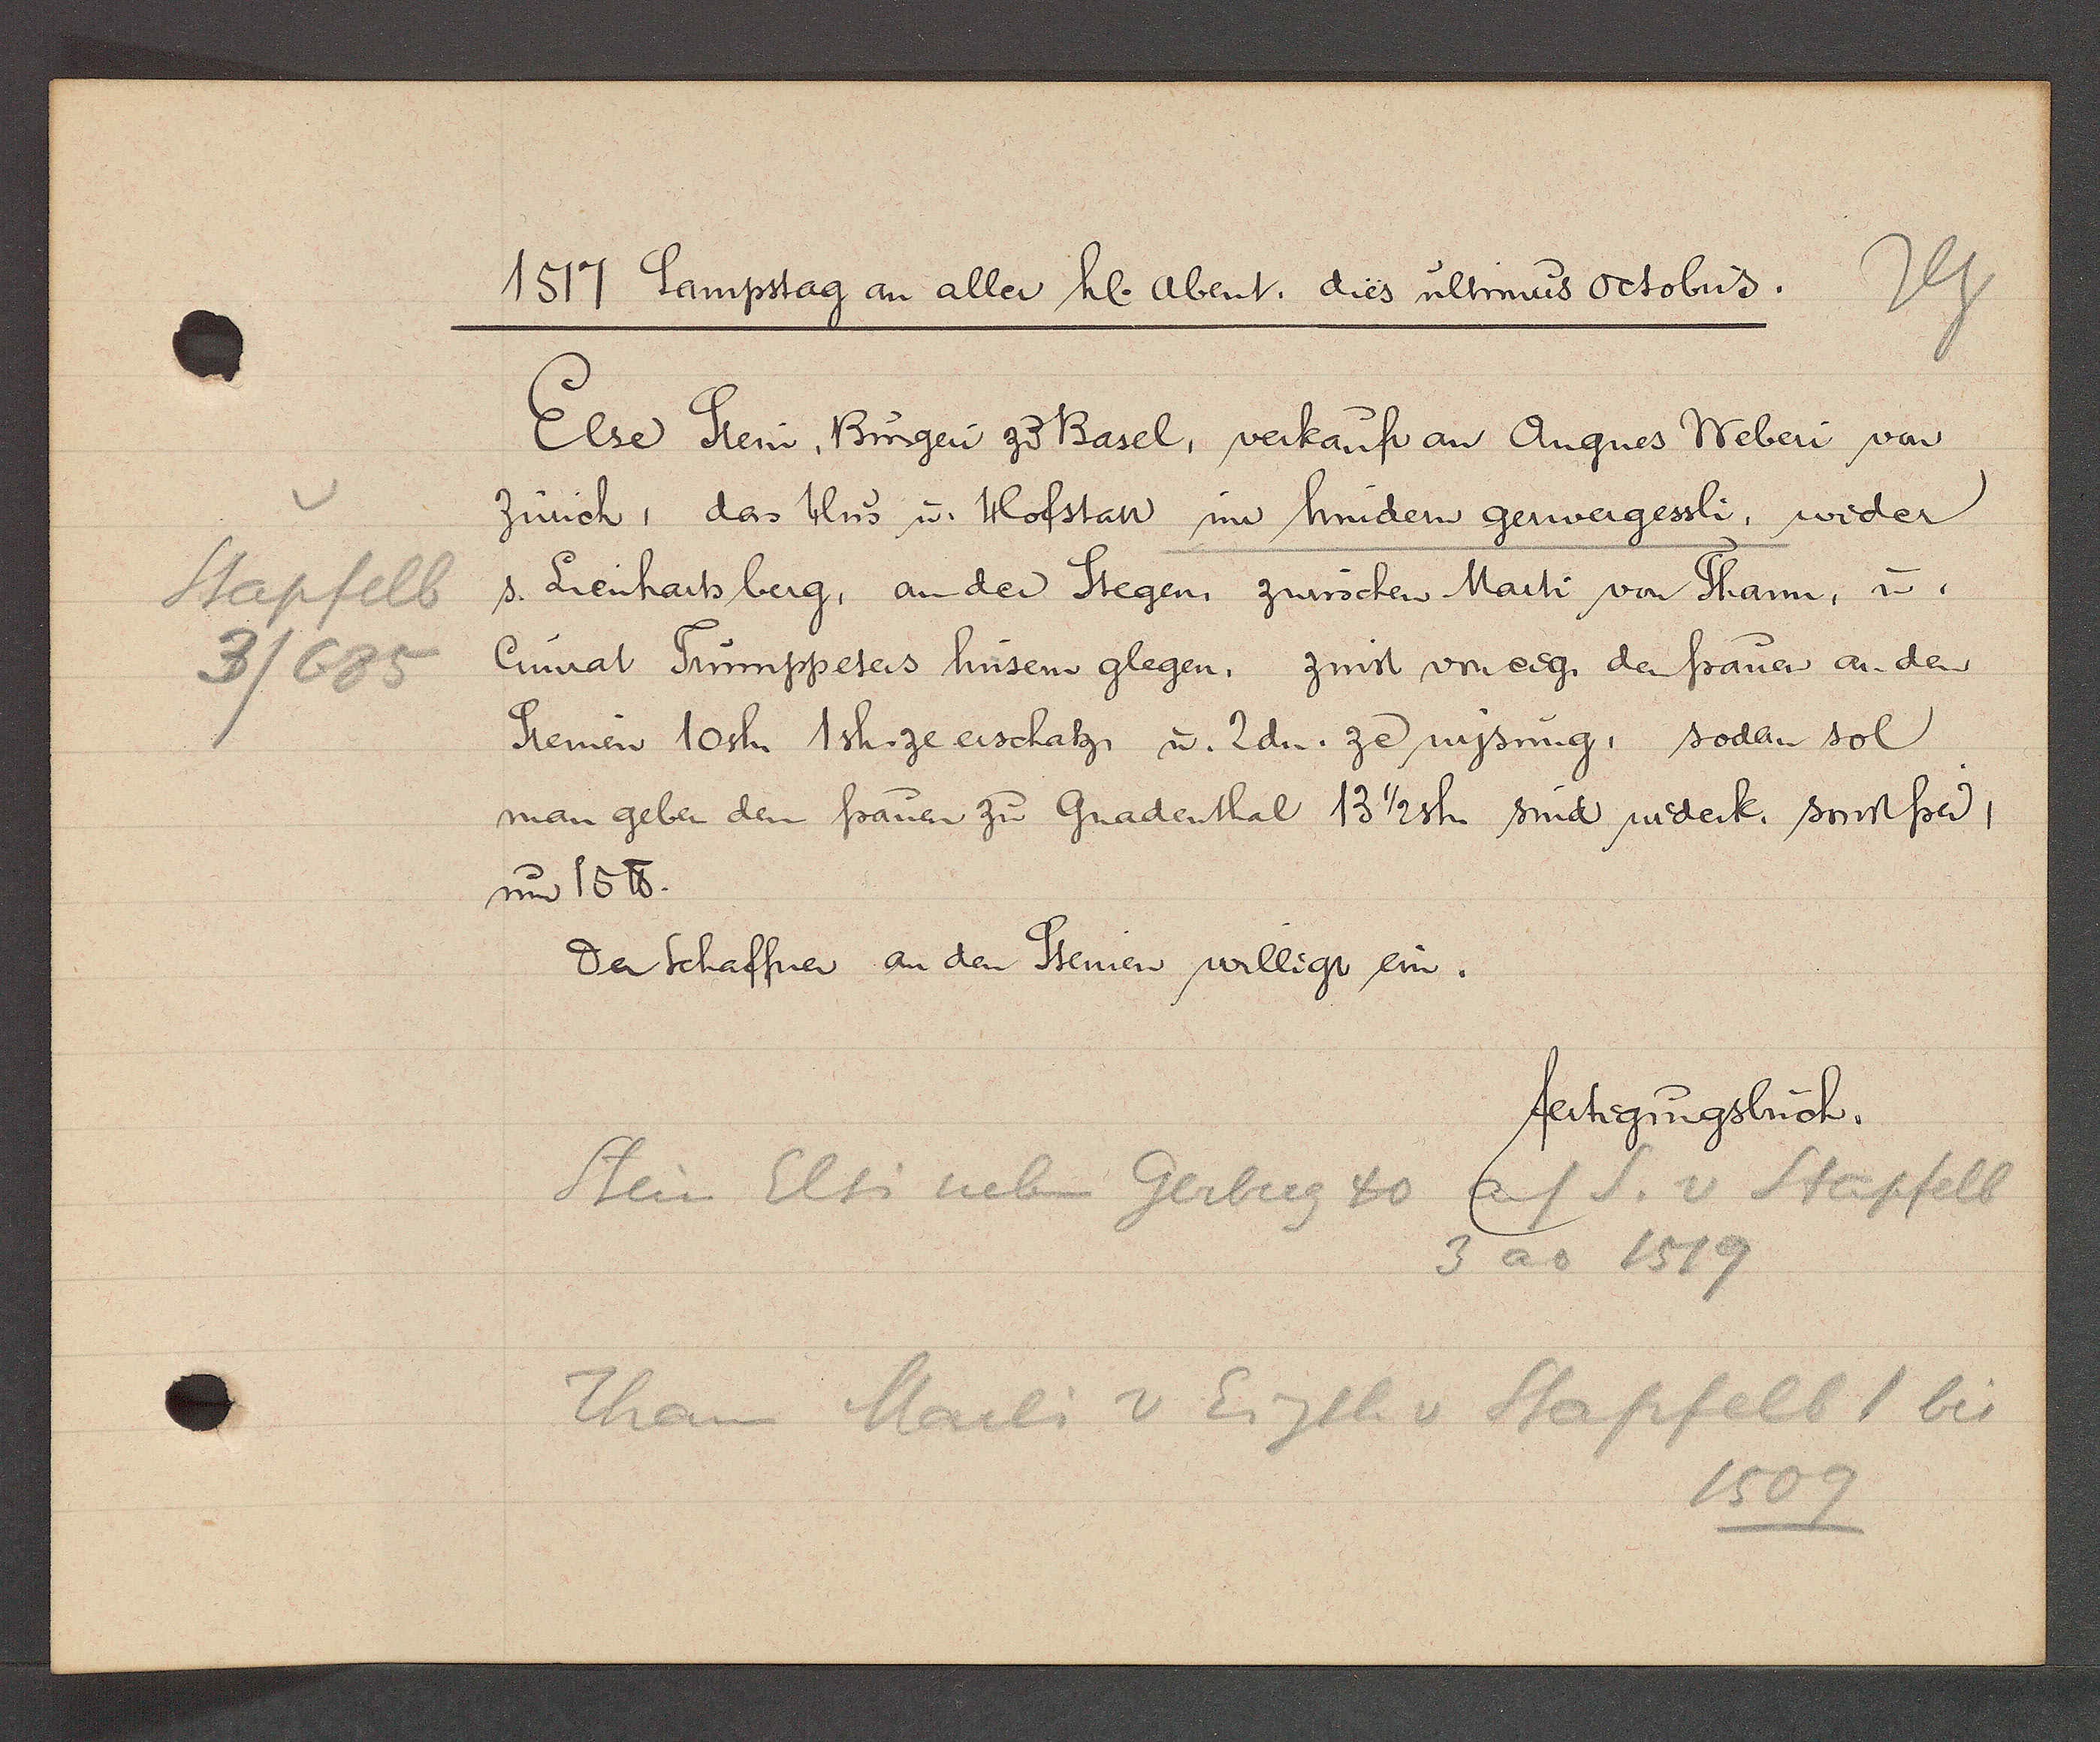
Transcript:
Stapfelb
3/685

1517 Sampstag an aller hl. abent. dies ultmus octobris.

Else Stein, Bürgen zu Basel, verkauft an Angnes Weben von
Zürich, das Hus u. Hofstatt im hindern gerwergessli, wider
s. Lienhartsberg, an der Stegen, zwüschen Marti von Tham, u,
Cunrat Trumppeters hüsern glegen, zinst von eig. den frauen an den
Steinen 10sh. 1sh. ze erschatz, u. 2dn. ze wysung, sodan sol
man geben den frauen zu Gradenthal 13 1/2 sh. sind widerk. sonst frey,
um 15 ℔.
der Schaffner an den Steinen willigt ein.

fertigungsbuch.

Stein Elsi neben Gerberg 40 auf S. v Stapfelb
Than Marli v Eigth v Stapfelb 1 bis
3 ao 1519
1509